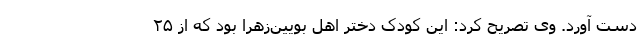
دست آورد. وی تصریح کرد: این کودک دختر اهل بویین‌زهرا بود که از ۲۵